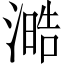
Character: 㵆